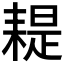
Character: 𦔂